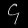
Digit: ၄